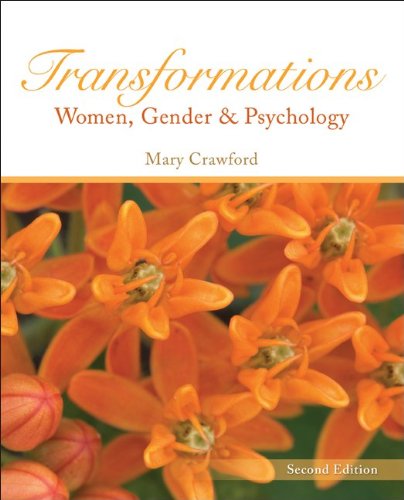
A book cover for Transformations: Women, Gender and Psychology; Mary Crawford; Medical Books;